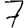
Digit: 7